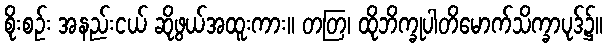
စိုးစဉ်း အနည်းငယ် ဆိုဖွယ်အထူးကား။ တတြ၊ ထိုဘိက္ခုပါတိမောက်သိက္ခာပုဒ်၌။